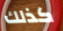
كذلك